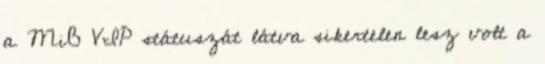
a MiB VIP státuszát látva sikertelen lesz volt a